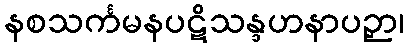
နစသင်္ကမနပဋိသန္ဒဟနာပဉှာ၊